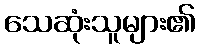
သေဆုံးသူများ၏